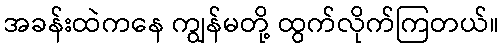
အခန်းထဲကနေ ကျွန်မတို့ ထွက်လိုက်ကြတယ်။